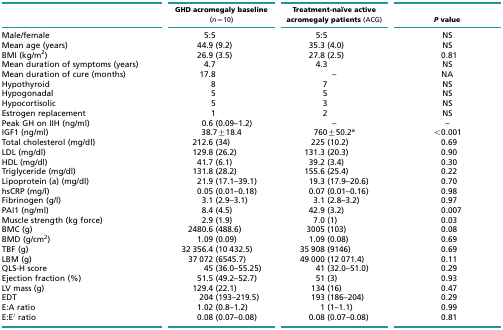
<table><thead><tr><td></td><td><b>GHD acromegaly baseline (<i>n</i>=10)</b></td><td><b>Treatment-naïve active acromegaly patients (ACG)</b></td><td><b><i>P</i> value</b></td></tr></thead><tbody><tr><td>Male/female</td><td>5:5</td><td>5:5</td><td>NS</td></tr><tr><td>Mean age (years)</td><td>44.9 (9.2)</td><td>35.3 (4.0)</td><td>NS</td></tr><tr><td>BMI (kg/m<sup>2</sup>)</td><td>26.9 (3.5)</td><td>27.8 (2.5)</td><td>0.81</td></tr><tr><td>Mean duration of symptoms (years)</td><td>4.7</td><td>4.3</td><td>NS</td></tr><tr><td>Mean duration of cure (months)</td><td>17.8</td><td>–</td><td>NA</td></tr><tr><td>Hypothyroid</td><td>8</td><td>7</td><td>NS</td></tr><tr><td>Hypogonadal</td><td>5</td><td>5</td><td>NS</td></tr><tr><td>Hypocortisolic</td><td>5</td><td>3</td><td>NS</td></tr><tr><td>Estrogen replacement</td><td>1</td><td>2</td><td>NS</td></tr><tr><td>Peak GH on IIH (ng/ml)</td><td>0.6 (0.09–1.2)</td><td>–</td><td>–</td></tr><tr><td>IGF1 (ng/ml)</td><td>38.7±18.4</td><td>760±50.2<sup>a</sup></td><td>&lt;0.001</td></tr><tr><td>Total cholesterol (mg/dl)</td><td>212.6 (34)</td><td>225 (10.2)</td><td>0.69</td></tr><tr><td>LDL (mg/dl)</td><td>129.8 (26.2)</td><td>131.3 (20.3)</td><td>0.90</td></tr><tr><td>HDL (mg/dl)</td><td>41.7 (6.1)</td><td>39.2 (3.4)</td><td>0.30</td></tr><tr><td>Triglyceride (mg/dl)</td><td>131.8 (28.2)</td><td>155.6 (25.4)</td><td>0.22</td></tr><tr><td>Lipoprotein (a) (mg/dl)</td><td>21.9 (17.1–39.1)</td><td>19.3 (17.9–20.6)</td><td>0.70</td></tr><tr><td>hsCRP (mg/l)</td><td>0.05 (0.01–0.18)</td><td>0.07 (0.01–0.16)</td><td>0.98</td></tr><tr><td>Fibrinogen (g/l)</td><td>3.1 (2.9–3.1)</td><td>3.1 (2.8–3.2)</td><td>0.97</td></tr><tr><td>PAI1 (ng/ml)</td><td>8.4 (4.5)</td><td>42.9 (3.2)</td><td>0.007</td></tr><tr><td>Muscle strength (kg force)</td><td>2.9 (1.9)</td><td>7.0 (1)</td><td>0.03</td></tr><tr><td>BMC (g)</td><td>2480.6 (488.6)</td><td>3005 (103)</td><td>0.08</td></tr><tr><td>BMD (g/cm<sup>2</sup>)</td><td>1.09 (0.09)</td><td>1.09 (0.08)</td><td>0.69</td></tr><tr><td>TBF (g)</td><td>32 356.4 (10 432.5)</td><td>35 908 (9146)</td><td>0.69</td></tr><tr><td>LBM (g)</td><td>37 072 (6545.7)</td><td>49 000 (12 071.4)</td><td>0.11</td></tr><tr><td>QLS-H score</td><td>45 (36.0–55.25)</td><td>41 (32.0–51.0)</td><td>0.29</td></tr><tr><td>Ejection fraction (%)</td><td>51.5 (49.2–52.7)</td><td>51 (3)</td><td>0.93</td></tr><tr><td>LV mass (g)</td><td>129.4 (22.1)</td><td>134 (16)</td><td>0.47</td></tr><tr><td>EDT</td><td>204 (193–219.5)</td><td>193 (186–204)</td><td>0.29</td></tr><tr><td>E:A ratio</td><td>1.02 (0.8–1.2)</td><td>1 (1–1.1)</td><td>0.99</td></tr><tr><td>E:E′ ratio</td><td>0.08 (0.07–0.08)</td><td>0.08 (0.07–0.08)</td><td>0.81</td></tr></tbody></table>